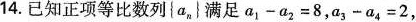
14.已知正项等比数列{a}满足a_ { 1 }-a_ { 2 }=8，a_ { 3 }-a_ { 4 }=2,